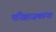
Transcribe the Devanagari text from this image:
परिव्राजकांना